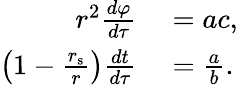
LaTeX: \begin{array}{rl}{r^{2}{\frac{d\varphi}{d\tau}}}&{{}=ac,}\\ {\left(1-{\frac{r_{\mathrm{{s}}}}{r}}\right){\frac{dt}{d\tau}}}&{{}={\frac{a}{b}}.}\end{array}